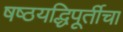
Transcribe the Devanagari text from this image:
षष्ठयद्धिपूर्तीचा